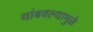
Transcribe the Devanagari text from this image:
थांबवल्यामुळे